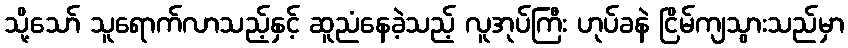
သို့သော် သူရောက်လာသည့်နှင့် ဆူညံနေခဲ့သည့် လူအုပ်ကြီး ဟုပ်ခနဲ ငြိမ်ကျသွားသည်မှာ